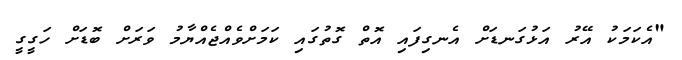
"އެކަމަކު އޭރު އަޅުގަނޑަށް އެނގިފައި އޮތް ގޮތުގައި ކަމަށްވެއްޖެއްޔާމު ވަރަށް ބޮޑަށް ހަގީގީ